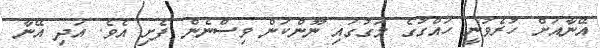
އޭނާއަށް ހުރެވުނީ ހައްގުގެ މަގުގައި ނޫންކަން ވިސްނެން ފެށި އެވެ. އަދި އޭނާ